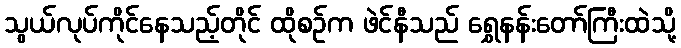
သွယ်လုပ်ကိုင်နေသည့်တိုင် ထိုစဉ်က ဖဲင်နီသည် ရွှေနန်းတော်ကြီးထဲသို့